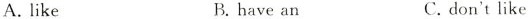
A.like B.have an C.don'tlike